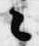
々